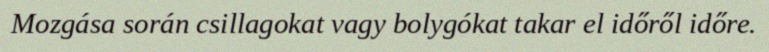
Mozgása során csillagokat vagy bolygókat takar el időről időre.